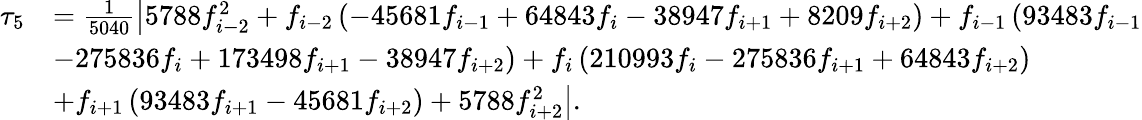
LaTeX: \begin{array}{rl}{\tau_{5}}&{=\frac{1}{5040}\left|5788f_{i-2}^{2}+f_{i-2}\left(-45681f_{i-1}+64843f_{i}-38947f_{i+1}+8209f_{i+2}\right)+f_{i-1}\left(93483f_{i-1}\right.\right.}\\ &{\left.-275836f_{i}+173498f_{i+1}-38947f_{i+2}\right)+f_{i}\left(210993f_{i}-275836f_{i+1}+64843f_{i+2}\right)}\\ &{\left.+f_{i+1}\left(93483f_{i+1}-45681f_{i+2}\right)+5788f_{i+2}^{2}\right|.}\end{array}